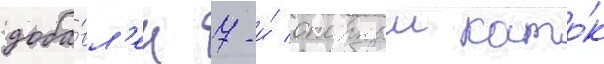
доба́вл'ен 7-и́ опорныи като́к